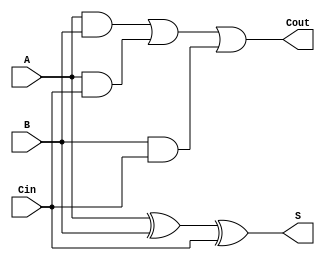
module full_adder (
  input A,
  input B,
  input Cin,
  output S,
  output Cout
);

  // sum output calculation
  assign S = A ^ B ^ Cin;
  
  // carry output calculation
  assign Cout = (A & B) | (A & Cin) | (B & Cin);

endmodule